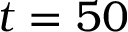
t = 5 0